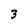
Character: 3